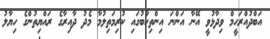
އަބްދުއްރަހީމް ވިދާޅުވީ އޭނާ އަންނަ އިންތިހާބުގައި ކުރިމަތިލުމާ މެދު ދާއިރާގެ ރައްޔިތުންގެ ހިޔާލު